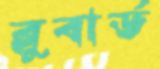
ব্লুবার্ড